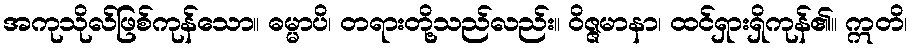
အကုသိုလ်ဖြစ်ကုန်သော။ ဓမ္မာပိ၊ တရားတို့သည်လည်း။ ဝိဇ္ဇမာနာ၊ ထင်ရှားရှိကုန်၏။ ဣတိ၊